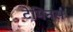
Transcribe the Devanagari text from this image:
टेमिनस